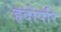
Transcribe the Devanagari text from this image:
हृदोपरि